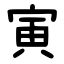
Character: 寅